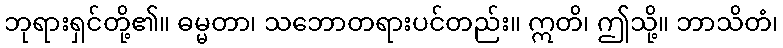
ဘုရားရှင်တို့၏။ ဓမ္မတာ၊ သဘောတရားပင်တည်း။ ဣတိ၊ ဤသို့။ ဘာသိတံ၊